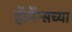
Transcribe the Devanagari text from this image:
हॉर्मेन्सच्या